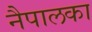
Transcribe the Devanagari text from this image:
नैपालका